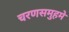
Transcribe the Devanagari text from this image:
चरणसमुहमे